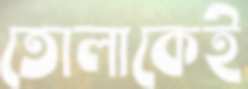
তোলাকেই